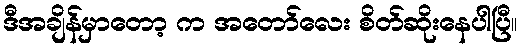
ဒီအချိန်မှာတော့ က အတော်လေး စိတ်ဆိုးနေပါပြီ။